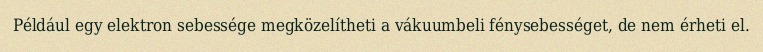
Például egy elektron sebessége megközelítheti a vákuumbeli fénysebességet, de nem érheti el.